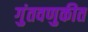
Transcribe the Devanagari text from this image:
गुंतवणुकीत